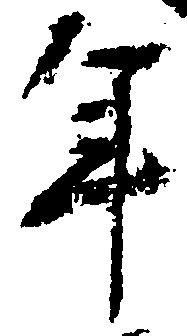
年